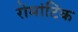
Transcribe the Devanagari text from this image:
रोमांटिंक